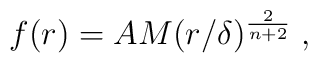
f(r) = AM(r/\delta)^{2 \over n+2}\;,